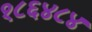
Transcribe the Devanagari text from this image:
१८६४८४